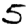
Digit: 5